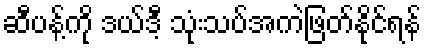
ဆီပန့်ကို ဒယ်ဒီ့ သုံးသပ်အကဲဖြတ်နိုင်ရန်